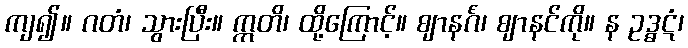
ကျ၍။ ဂတံ၊ သွားပြီး။ ဣတိ၊ ထို့ကြောင့်။ ဈာနင်္ဂံ၊ ဈာနင်ကို။ န ဥဒ္ဓဋံ၊